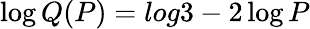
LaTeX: \log Q(P)=log3-2\log P